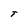
Character: T